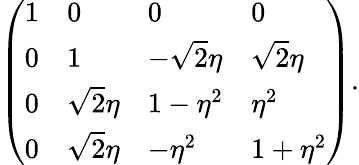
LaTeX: \left(\begin{array}{llll}{{1}}&{{0}}&{{0}}&{{0}}\\ {{0}}&{{1}}&{{-\sqrt{2}\eta}}&{{\sqrt{2}\eta}}\\ {{0}}&{{\sqrt{2}\eta}}&{{1-\eta^{2}}}&{{\eta^{2}}}\\ {{0}}&{{\sqrt{2}\eta}}&{{-\eta^{2}}}&{{1+\eta^{2}}}\end{array}\right).